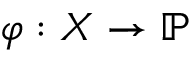
\varphi : X \rightarrow \mathbb { P }